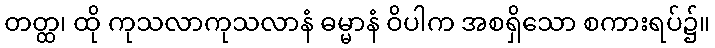
တတ္ထ၊ ထို ကုသလာကုသလာနံ ဓမ္မာနံ ဝိပါက အစရှိသော စကားရပ်၌။